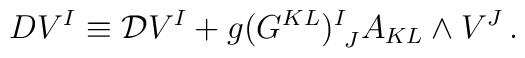
DV^I\equiv {\cal D} V^I+g(G^{KL})^I_{~J}A_{KL}\wedge V^J\,.